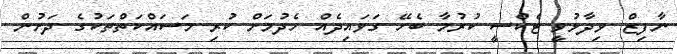
ނާފިޒް ވިދާޅުވީ ޓެކްސީ ކުރުމާ ބެހޭ ގަވައިދެއް ހެދުމަށް ކުރި މަސައްކަތްތަކުގެ ދަށުން